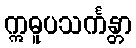
ဣဓူပသင်္ကန္တာ